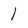
Character: 1